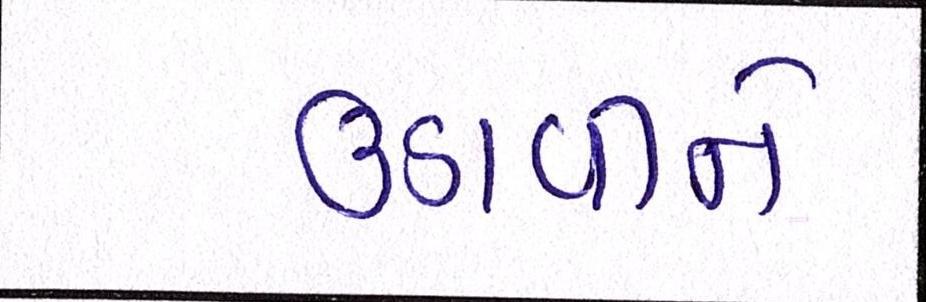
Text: ઉડાવીને